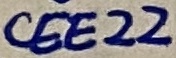
Text: CEEE22